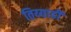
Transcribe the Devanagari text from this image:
तिय्याडी